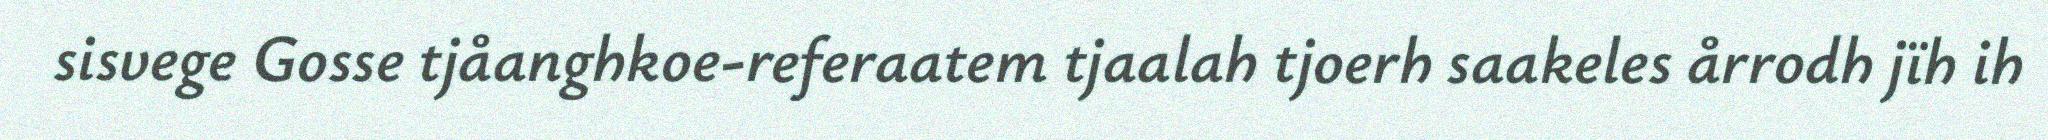
sisvege Gosse tjåanghkoe-referaatem tjaalah tjoerh saakeles årrodh jïh ih